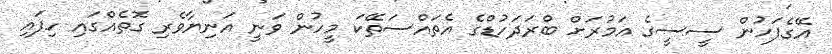
އޭގެފަހުން ސީސީގެ އަމުރަށް ބްރަދަހުޑްގެ އެތައްސަތޭކަ މީހުން ވަނީ އަނިޔާވެރި ގޮތެއްގައި ހިފައި